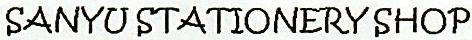
SANYU STATIONERY SHOP